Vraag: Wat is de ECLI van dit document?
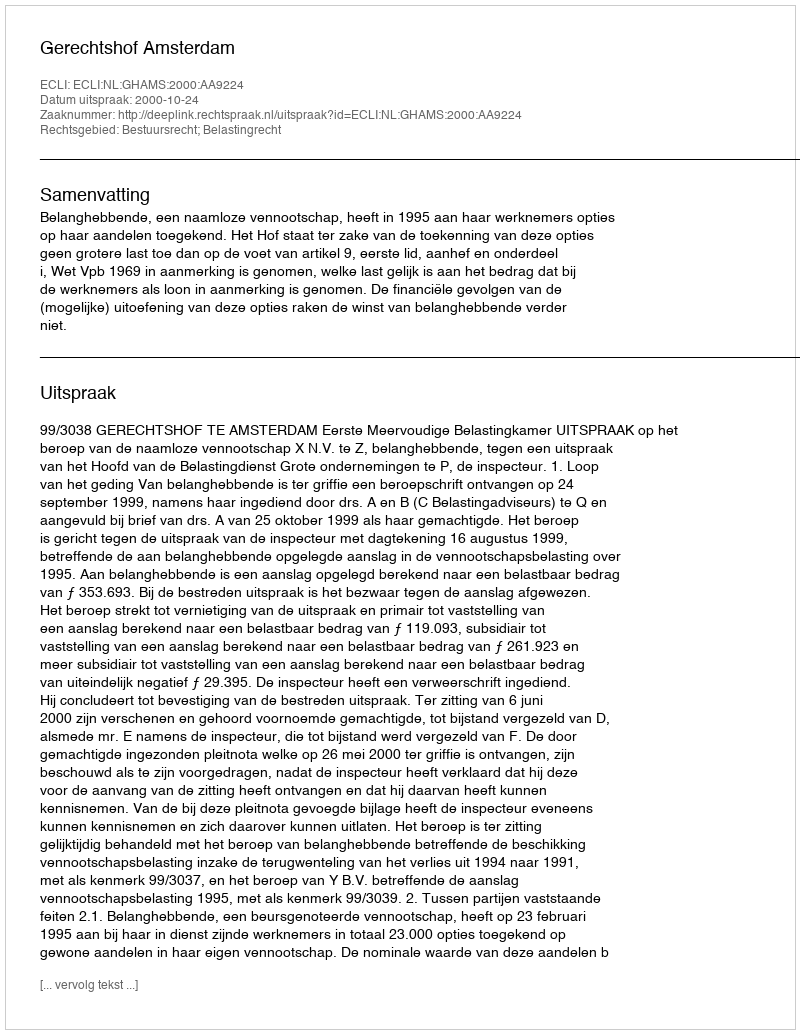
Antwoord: ECLI:NL:GHAMS:2000:AA9224